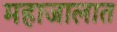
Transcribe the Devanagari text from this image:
महाजालात